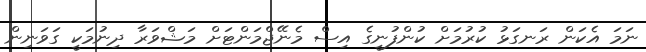
ނަމަ އެކަން ރަނގަޅު ކުރުމަށް ކުންފުނީގެ އިސް މެނޭޖްމަންޓަށް މަޝްވަރާ ދިނުމަކީ ގަވަނިން